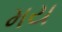
મય